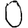
Digit: 0